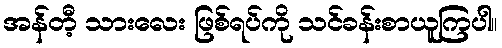
အန်တီ့ သားလေး ဖြစ်ရပ်ကို သင်ခန်းစာယူကြပါ။